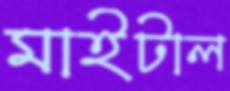
মাইটাল